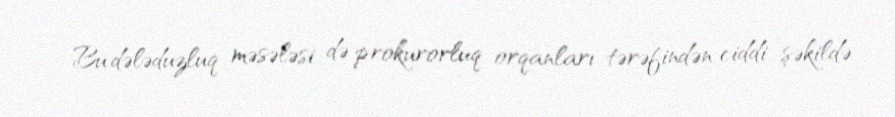
Bu dələduzluq məsələsi də prokurorluq orqanları tərəfindən ciddi şəkildə